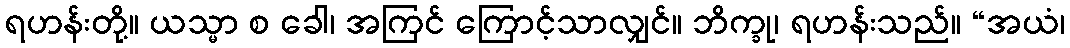
ရဟန်းတို့။ ယသ္မာ စ ခေါ၊ အကြင် ကြောင့်သာလျှင်။ ဘိက္ခု၊ ရဟန်းသည်။ “အယံ၊